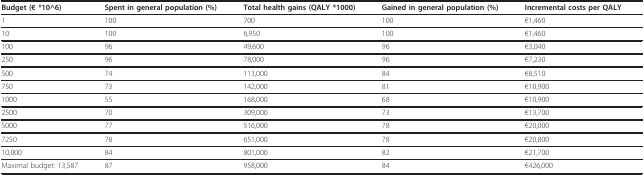
<table><thead><tr><td><b>Budget (€ *10^6)</b></td><td><b>Spent in general population (%)</b></td><td><b>Total health gains (QALY *1000)</b></td><td><b>Gained in general population (%)</b></td><td><b>Incremental costs per QALY</b></td></tr></thead><tbody><tr><td>1</td><td>100</td><td>700</td><td>100</td><td>€1,460</td></tr><tr><td>10</td><td>100</td><td>6,950</td><td>100</td><td>€1,460</td></tr><tr><td>100</td><td>96</td><td>49,600</td><td>96</td><td>€3,040</td></tr><tr><td>250</td><td>96</td><td>78,000</td><td>96</td><td>€7,230</td></tr><tr><td>500</td><td>74</td><td>113,000</td><td>84</td><td>€8,510</td></tr><tr><td>750</td><td>73</td><td>142,000</td><td>81</td><td>€10,900</td></tr><tr><td>1000</td><td>55</td><td>168,000</td><td>68</td><td>€10,900</td></tr><tr><td>2500</td><td>70</td><td>309,000</td><td>73</td><td>€13,700</td></tr><tr><td>5000</td><td>77</td><td>516,000</td><td>78</td><td>€20,000</td></tr><tr><td>7250</td><td>78</td><td>651,000</td><td>78</td><td>€20,800</td></tr><tr><td>10,000</td><td>84</td><td>801,000</td><td>82</td><td>€21,700</td></tr><tr><td>Maximal budget: 13,587</td><td>87</td><td>958,000</td><td>84</td><td>€426,000</td></tr></tbody></table>